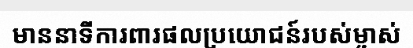
មាននាទីការពារផលប្រយោជន៍របស់ម្ចាស់